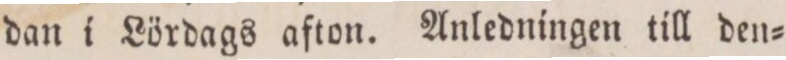
dan i Lördags afton. Anledningen till den=